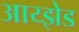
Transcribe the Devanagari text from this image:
आय्झेड